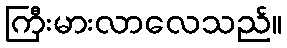
ကြီးမားလာလေသည်။